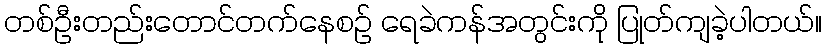
တစ်ဦးတည်းတောင်တက်နေစဉ် ရေခဲကန်အတွင်းကို ပြုတ်ကျခဲ့ပါတယ်။